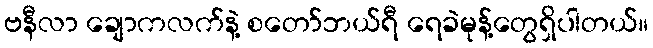
ဗနီလာ ချောကလက်နဲ့ စတော်ဘယ်ရီ ရေခဲမုန့်တွေရှိပါတယ်။